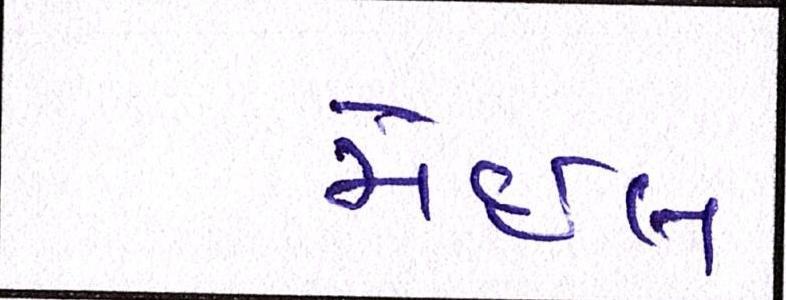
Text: મેઈલ